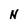
Character: N